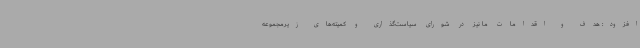
افزود: هدف و اقدامات ما نیز در شورای سیاست‌گذاری و کمیته‌های زیرمجموعه